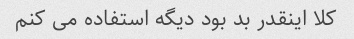
کلا اینقدر بد بود دیگه استفاده می کنم